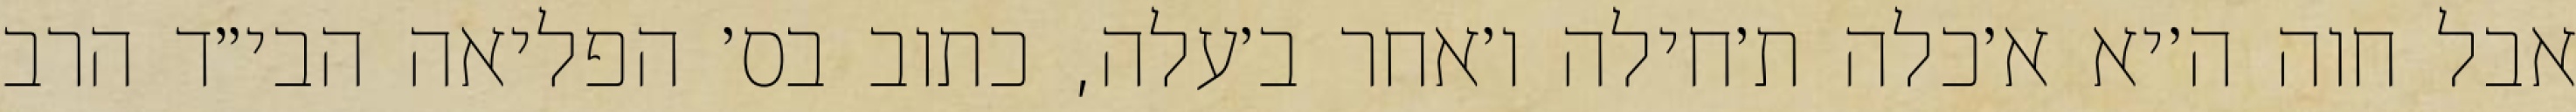
אבל חוה ה׳יא א׳כלה ת׳חילה ו׳אחר ב׳עלה, כתוב בס׳ הפליאה הבי״ד הרב